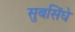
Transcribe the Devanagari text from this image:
सुबसिंघे